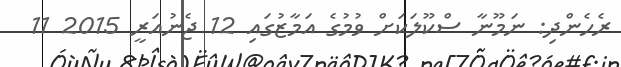
ރެހެންދި: ނަމޫނާ ސްކޫލަކަށް ވުމުގެ އަމާޒުގައި 12 ޖެނުއަރީ 2015 11